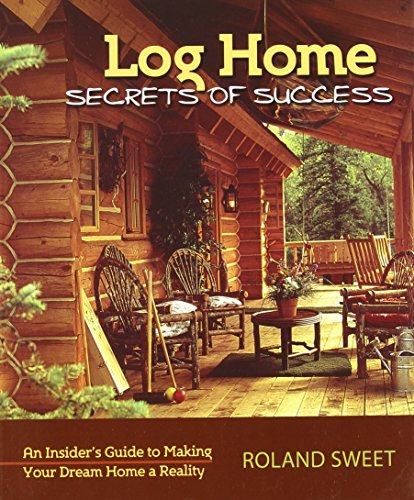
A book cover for Log Home Secrets of Success: An Insider's Guide to Making Your Dream Home a Reality; Roland Sweet; Crafts, Hobbies & Home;